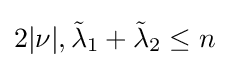
2|\nu |,{\tilde {\lambda }}_{1}+{\tilde {\lambda }}_{2}\leq n